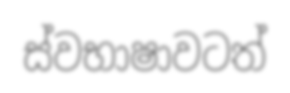
ස්වභාෂාවටත්